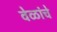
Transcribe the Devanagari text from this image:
वेळांचे